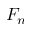
F _ { n }